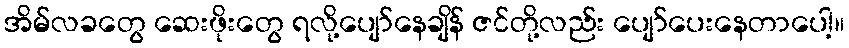
အိမ်လခတွေ ဆေးဖိုးတွေ ရလို့ပျော်နေချိန် ဇင်တို့လည်း ပျော်ပေးနေတာပေါ့။